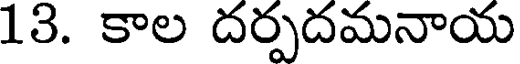
13. కాల దర్పదమనాయ